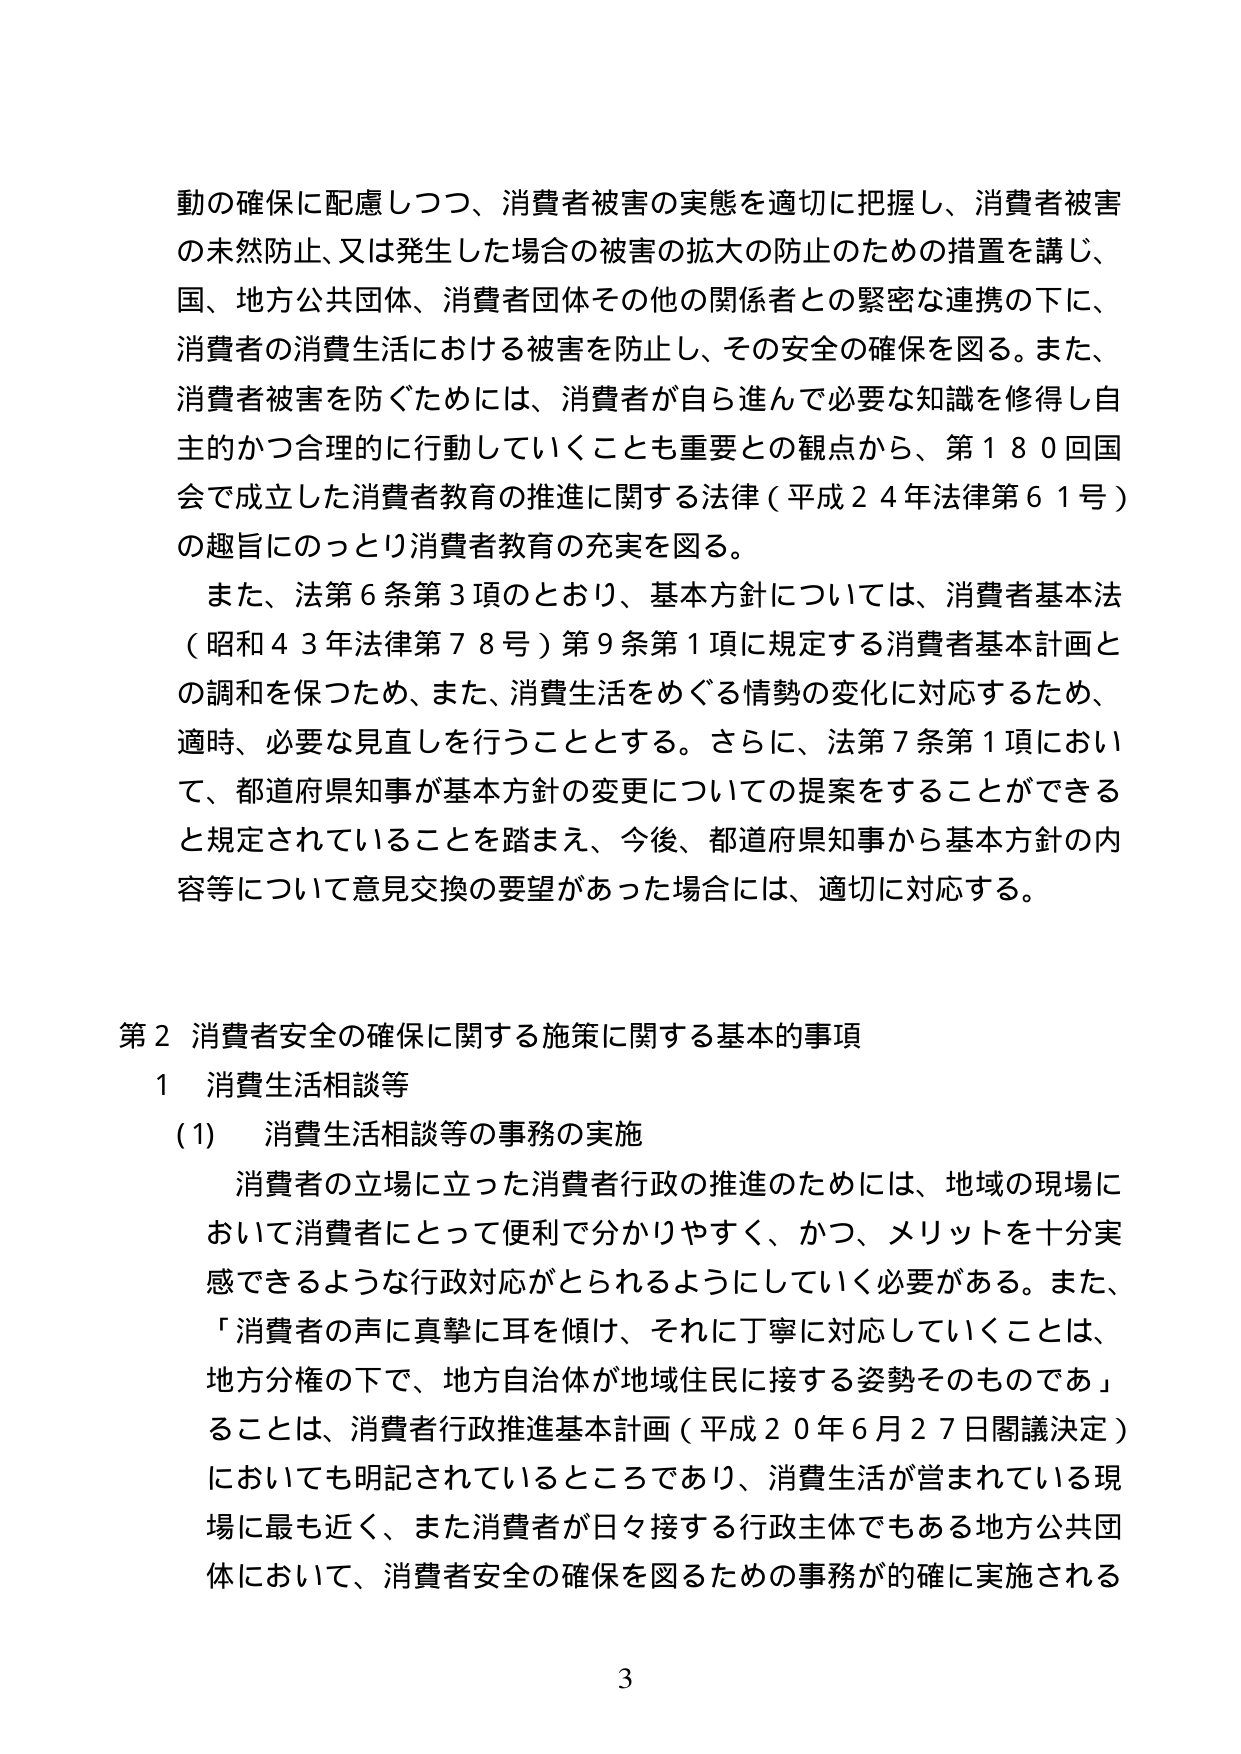
動の確保に配慮しつつ、消費者被害の実態を適切に把握し、消費者被害の未然防止、又は発生した場合の被害の拡大の防止のための措置を講じ、国、地方公共団体、消費者団体その他の関係者との緊密な連携の下に、消費者の消費生活における被害を防止し、その安全の確保を図る。また、消費者被害を防ぐためには、消費者が自ら進んで必要な知識を修得し自主的かつ合理的に行動していくことも重要との観点から、第180回国会で成立した消費者教育の推進に関する法律（平成24年法律第61号）の趣旨にのっとり消費者教育の充実を図る。

また、法第6条第3項のとおり、基本方針については、消費者基本法（昭和43年法律第78号）第9条第1項に規定する消費者基本計画との調和を保つため、また、消費生活をめぐる情勢の変化に対応するため、適時、必要な見直しを行うこととする。さらに、法第7条第1項において、都道府県知事が基本方針の変更についての提案をすることができると規定されていることを踏まえ、今後、都道府県知事から基本方針の内容等について意見交換の要望があった場合には、適切に対応する。

第2 消費者安全の確保に関する施策に関する基本的事項
1 消費生活相談等
(1) 消費生活相談等の事務の実施
消費者の立場に立った消費者行政の推進のためには、地域の現場において消費者にとって便利で分かりやすく、かつ、メリットを十分実感できるような行政対応がとられるようにしていく必要がある。また、「消費者の声に真摯に耳を傾け、それに丁寧に対応していくことは、地方分権の下で、地方自治体が地域住民に接する姿勢そのものである」ることは、消費者行政推進基本計画（平成20年6月27日閣議決定）においても明記されているところであり、消費生活が営まれている現場に最も近く、また消費者が日々接する行政主体でもある地方公共団体において、消費者安全の確保を図るための事務が的確に実施される

3